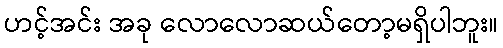
ဟင့်အင်း အခု လောလောဆယ်တော့မရှိပါဘူး။